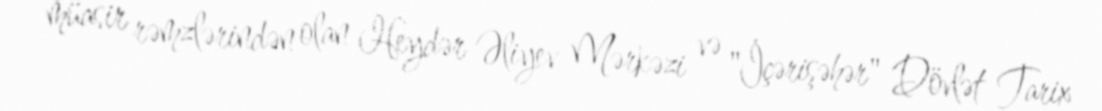
müasir rəmzlərindən olan Heydər Əliyev Mərkəzi və "İçərişəhər" Dövlət Tarix